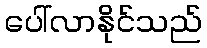
ပေါ်လာနိုင်သည်